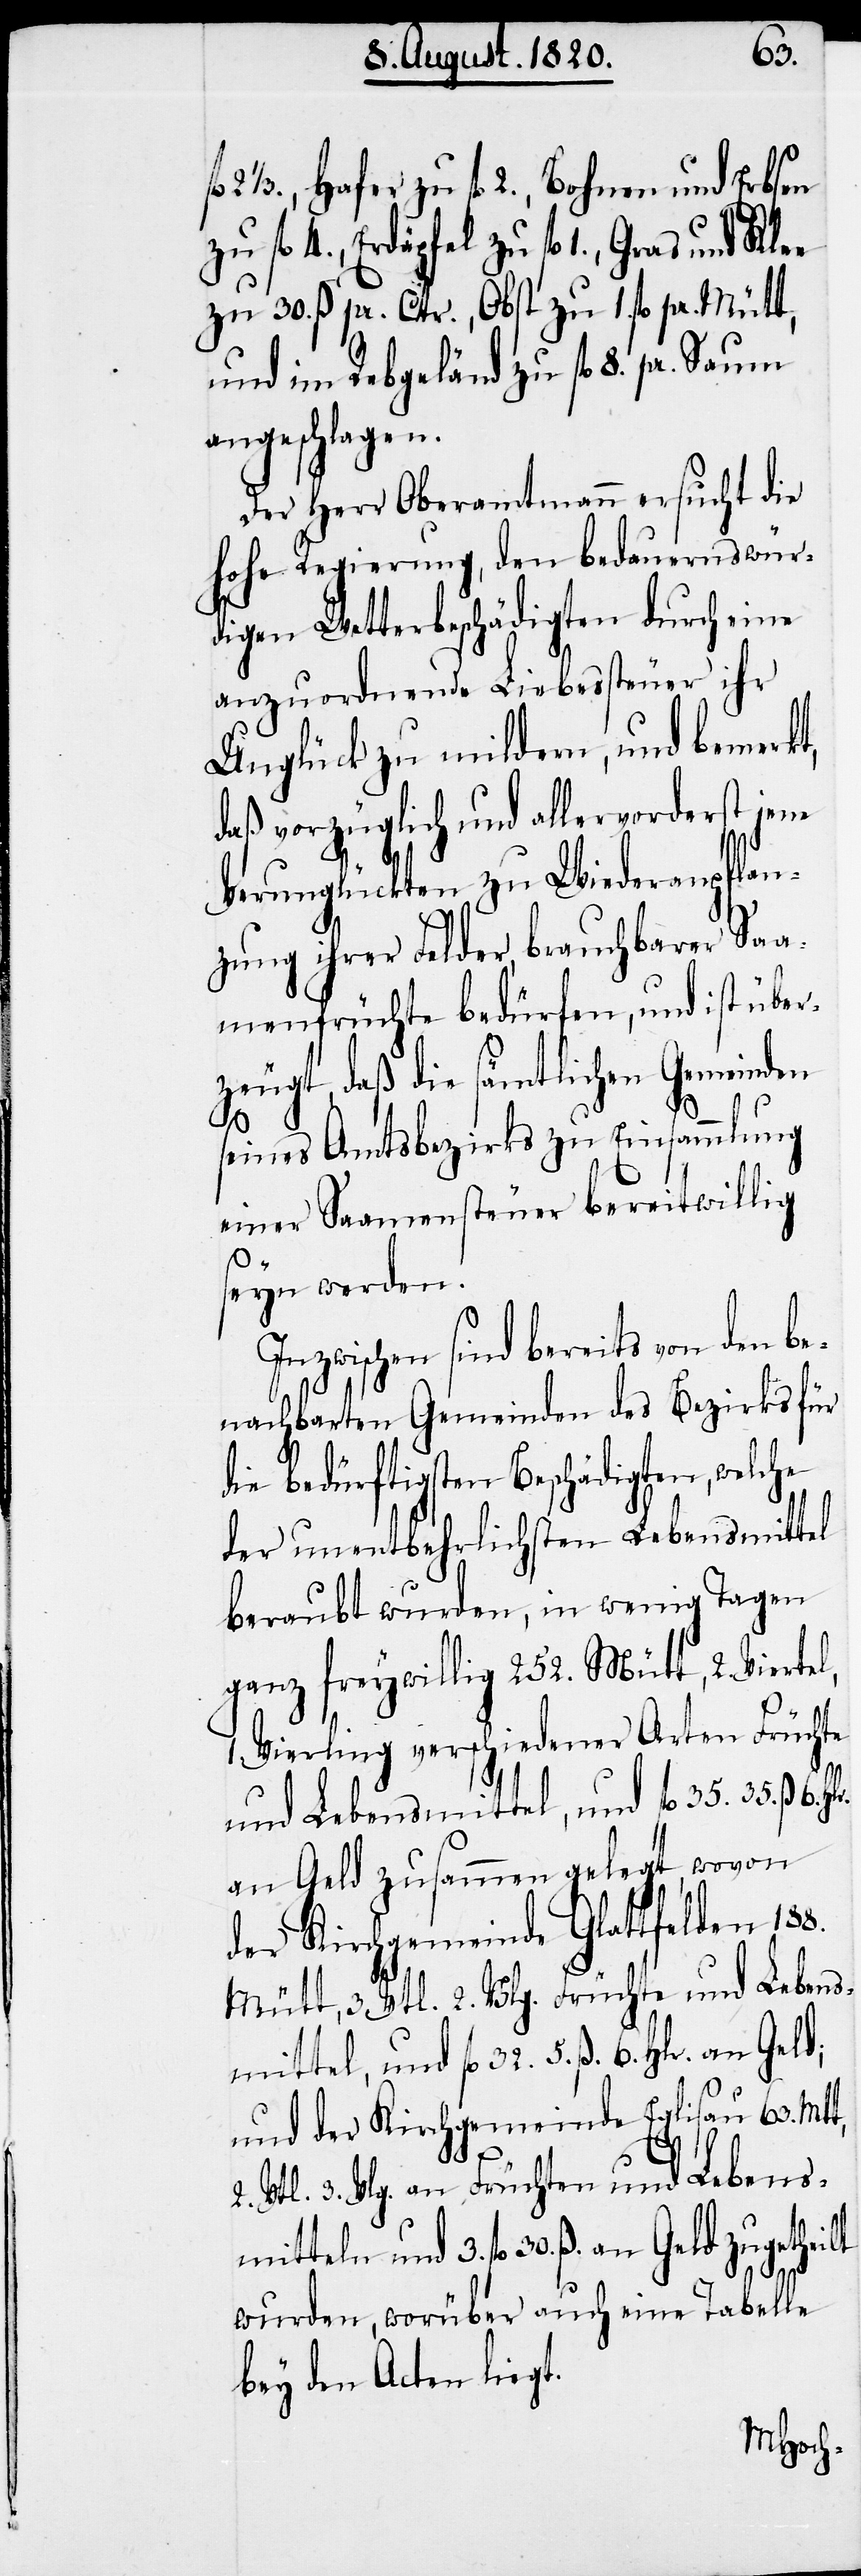
1/3., Hafer zu fl. 2., Bohnen und Erbsen
Erdäpfel zu fl. 1., Gras und Klee
zu 30. ß. pr. Cttr., Obst zu 1. fl. pr. Mütt,
und im Rebgeländ zu fl. 8. pr. Saum
angeschlagen.
Der Herr Oberamtmann ersucht die
hohe Regierung, den bedauernswür¬
digen Wetterbeschädigten durch eine
anzuordnende Liebessteuer ihr
Unglück zu mildern, und bemerkt,
daß vorzüglich und allervorderst jene
Verunglückten zu Wiederanpflan¬
zung ihrer Felder, brauchbarer Saa¬
menfrüchte bedürfen, und ist über¬
zeugt, daß die sämtlichen Gemeinden
seines Amtsbezirks zu Einsammlung
einer Saamensteuer bereitwillig
seyn werden.
Inzwischen sind bereits von den be¬
nachbarten Gemeinden des Bezirks für
die bedürftigsten Beschädigten, welche
der unentbehrlichsten Lebensmittel
beraubt wurden, in wenig Tagen
ganz freywillig 252. Mütt, 2. Viertel,
Vierling verschiedener Arten Früchte
und Lebensmittel, und fl. 35. 35. ß. 6.
an Geld zusammen gelegt, wovon
der Kirchgemeinde Glattfelden 188.
Mütt, 3. Vtl. 2. Vlg. Früchte und Lebens¬
mitteln und 3. fl. 30. ß an Geld
und der Kirchgemeinde Eglisau 63. Mtt,
Vtl. 3. Vlg. an Früchten und Lebens¬
wurden, worüber auch eine Tabelle
bey den Acten liegt.